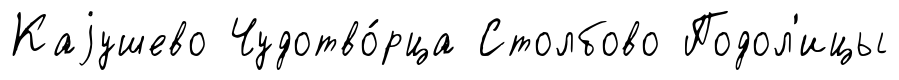
Каjушево Чудотво́рца Столбово Подол'ицы